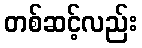
တစ်ဆင့်လည်း